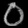
Digit: ၀